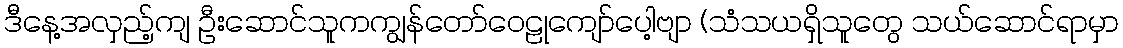
ဒီနေ့အလှည့်ကျ ဦးဆောင်သူကကျွန်တော်ဝေဠုကျော်ပေါ့ဗျာ (သံသယရှိသူတွေ သယ်ဆောင်ရာမှာ